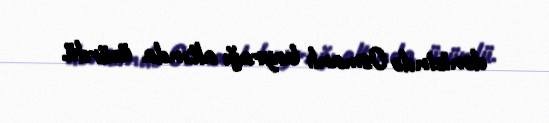
dənizində Osmanlı bayrağı altında üzürdü.